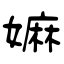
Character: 嫲